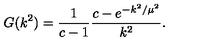
G ( k ^ { 2 } ) = \frac { 1 } { c - 1 } \frac { c - e ^ { - k ^ { 2 } / \mu ^ { 2 } } } { k ^ { 2 } } .